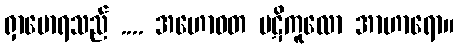
ရှာမောရသည် .... အဟောဝတ ပဋိကူလော အာဟာရော။